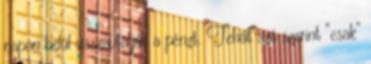
napon belül visszautalják a pénzt. Tehát szó szerint “csak”